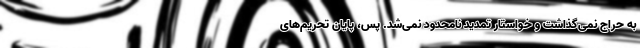
به حراج نمی‌گذاشت و خواستار تمدید نامحدود نمی‌شد. پس، پایان تحریم‌های